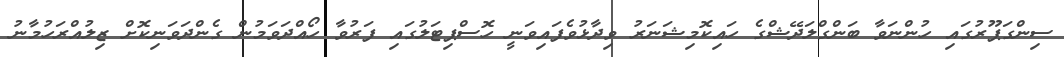
ސިންގަޕޫރުގައި ހުންނަވާ ބަންގްލަދޭޝްގެ ހައިކޮމިޝަނަރު ވިދާޅުވެފައިވަނީ ހޮސްޕިޓަލުގައި ފަރުވާ ހޯއްދަވަމުން ގެންދަވަނިކޮށް ޒިލުއްރަހުމާނު